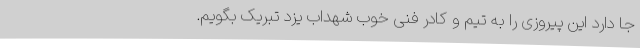
جا دارد این پیروزی را به تیم و کادر فنی خوب شهداب یزد تبریک بگویم.